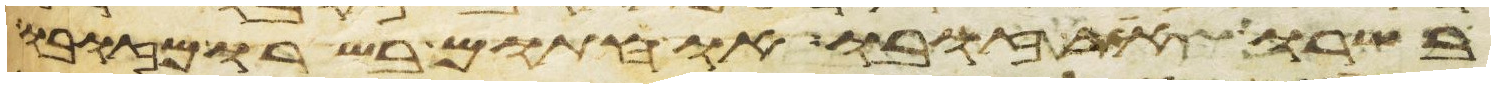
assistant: בשרו את זובו או חתום בשרו מזובו